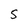
Character: 5